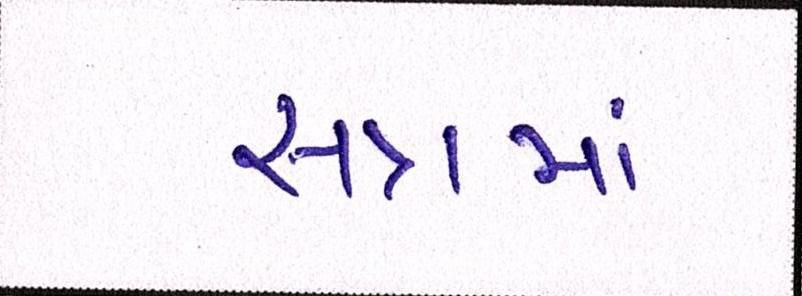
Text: સત્રમાં